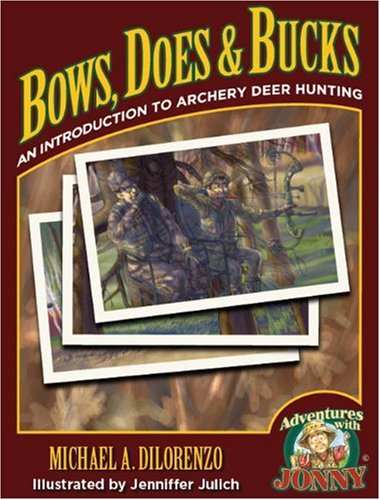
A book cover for Bows, Does & Bucks: An Introduction to Archery Deer Hunting (Adventures with Jonny); Michael DiLorenzo; Sports & Outdoors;